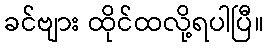
ခင်ဗျား ထိုင်ထလို့ရပါပြီ။